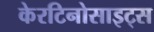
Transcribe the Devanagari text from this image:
केरटिनोसाइट्स